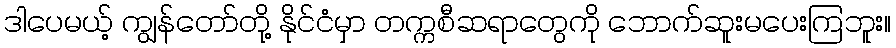
ဒါပေမယ့် ကျွန်တော်တို့ နိုင်ငံမှာ တက္ကစီဆရာတွေကို ဘောက်ဆူးမပေးကြဘူး။